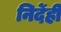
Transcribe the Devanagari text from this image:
निर्देही